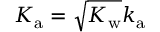
K _ { \mathrm { a } } = \sqrt { K _ { \mathrm { w } } } k _ { \mathrm { a } }